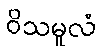
ဝိသမူလံ